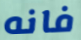
فانه